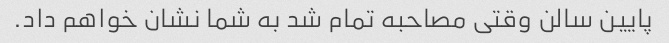
پایین سالن وقتی مصاحبه تمام شد به شما نشان خواهم داد.